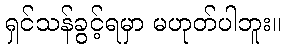
ရှင်သန်ခွင့်ရမှာ မဟုတ်ပါဘူး။